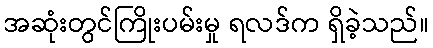
အဆုံးတွင်ကြိုးပမ်းမှု ရလဒ်က ရှိခဲ့သည်။